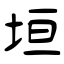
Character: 垣